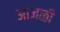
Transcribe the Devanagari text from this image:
ओंजळी